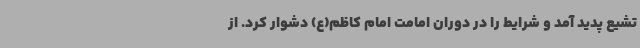
تشیع پدید آمد و شرایط را در دوران امامت امام کاظم(ع) دشوار ‌کرد. از